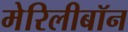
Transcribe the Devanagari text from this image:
मेरिलीबॉन